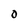
Character: 0